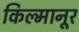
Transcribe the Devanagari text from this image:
किल्मानूर